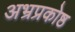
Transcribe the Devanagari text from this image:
अभ्रप्रकोष्ठ